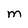
Character: M